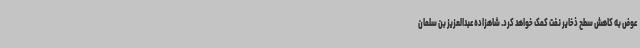
عوض به کاهش سطح ذخایر نفت کمک خواهد کرد. شاهزاده عبدالعزیز بن سلمان